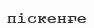
піскенғе